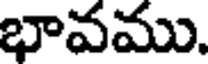
భావము.